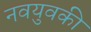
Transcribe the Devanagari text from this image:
नवयुवकी